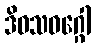
ဒိဝသဝဂ္ဂေါ